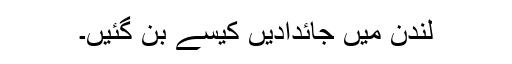
لندن میں جائدادیں کیسے بن گئیں۔